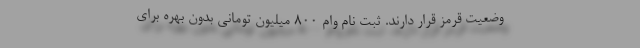
وضعیت قرمز قرار دارند. ثبت نام وام 800 میلیون تومانی بدون بهره برای